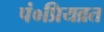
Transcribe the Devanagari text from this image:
पं०प्रियव्रत